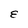
Character: E